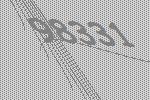
98331